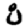
Digit: 8